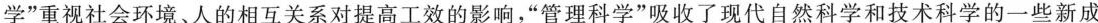
学”重视社会环境、人的相互关系对提高工效的影响，”管理科学”吸收了现代自然科学和技术科学的一些新成